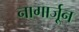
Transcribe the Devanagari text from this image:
नागार्जून